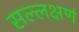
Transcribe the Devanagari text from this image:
सल्लक्षणं